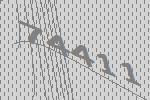
74411